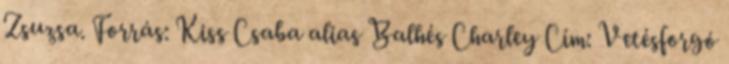
Zsuzsa. Forrás: Kiss Csaba alias Balhés Charley Cím: Vetésforgó